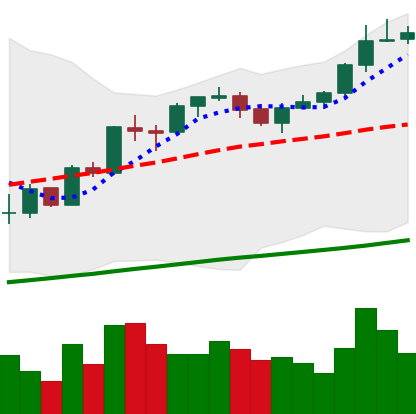
Ticker: BTC-USD
Chart end date: 2017-10-11
Forward return: 18.629%
Label: up_7plus